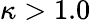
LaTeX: \kappa>1.0